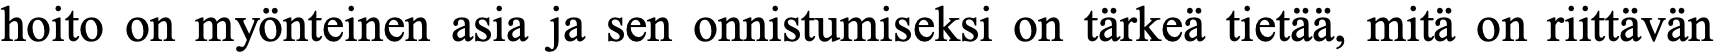
hoito on myönteinen asia ja sen onnistumiseksi on tärkeä tietää, mitä on riittävän